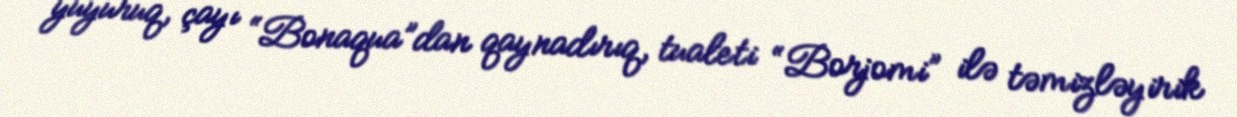
yuyuruq, çayı “Bonaqua”dan qaynadırıq, tualeti “Borjomi” ilə təmizləyirik